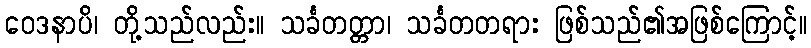
ဝေဒနာပိ၊ တို့သည်လည်း။ သင်္ခတတ္တာ၊ သင်္ခတတရား ဖြစ်သည်၏အဖြစ်ကြောင့်။